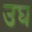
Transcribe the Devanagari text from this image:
उघ